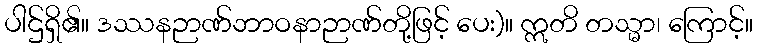
ပါဌ်ရှိ၏။ ဒဿနဉာဏ်ဘာဝနာဉာဏ်တို့ဖြင့် ပေး)။ ဣတိ တသ္မာ၊ ကြောင့်။